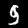
Digit: 9